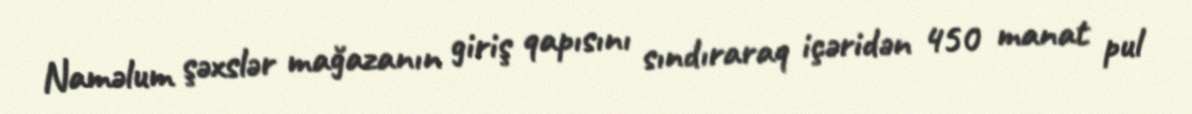
Naməlum şəxslər mağazanın giriş qapısını sındıraraq içəridən 450 manat pul